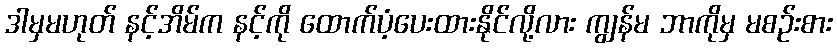
ဒါမှမဟုတ် နင့်အိမ်က နင့်ကို ထောက်ပံ့ပေးထားနိုင်လို့လား ကျွန်မ ဘာကိုမှ မစဉ်းစား